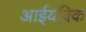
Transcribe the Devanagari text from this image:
आईयविक